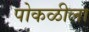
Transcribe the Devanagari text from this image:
पोकळीला